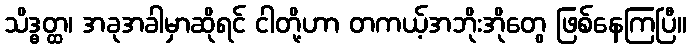
သိဒ္ဓတ္ထ၊ အခုအခါမှာဆိုရင် ငါတို့ဟာ တကယ့်အဘိုးအိုတွေ ဖြစ်နေကြပြီ။